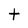
Character: t